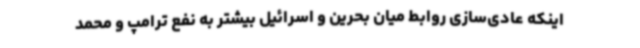
اینکه عادی‌سازی روابط میان بحرین و اسرائیل بیشتر به نفع ترامپ و محمد